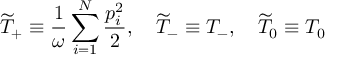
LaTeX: \widetilde { T } _ { + } \equiv \frac { 1 } { \omega } \sum _ { i = 1 } ^ { N } \frac { p _ { i } ^ { 2 } } { 2 } , \quad \widetilde { T } _ { - } \equiv T _ { - } , \quad \widetilde { T } _ { 0 } \equiv T _ { 0 }